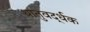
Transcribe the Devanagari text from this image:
धातुवर्द्धक